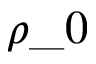
\rho \_ 0